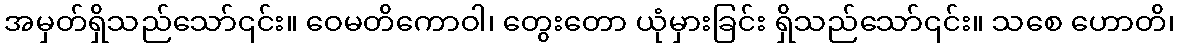
အမှတ်ရှိသည်သော်၎င်း။ ဝေမတိကောဝါ၊ တွေးတော ယုံမှားခြင်း ရှိသည်သော်၎င်း။ သစေ ဟောတိ၊